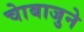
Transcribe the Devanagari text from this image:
चाेबाजुने